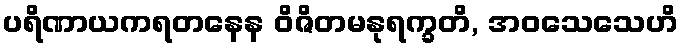
ပရိဏာယကရတနေန ဝိဇိတမနုရက္ခတိ, အဝသေသေဟိ